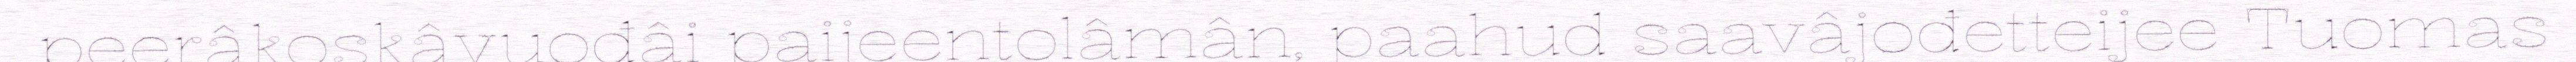
peerâkoskâvuođâi paijeentolâmân, paahud saavâjođetteijee Tuomas